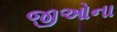
જીઓના